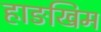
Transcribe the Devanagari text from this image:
हाङखिम